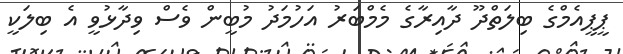
ޕީޕީއެމްގެ ބިލަތްދޫ ދާއިރާގެ މެމްބަރު އަހުމަދު މުބީން ވެސް ވިދާޅުވީ އެ ބިލަކީ